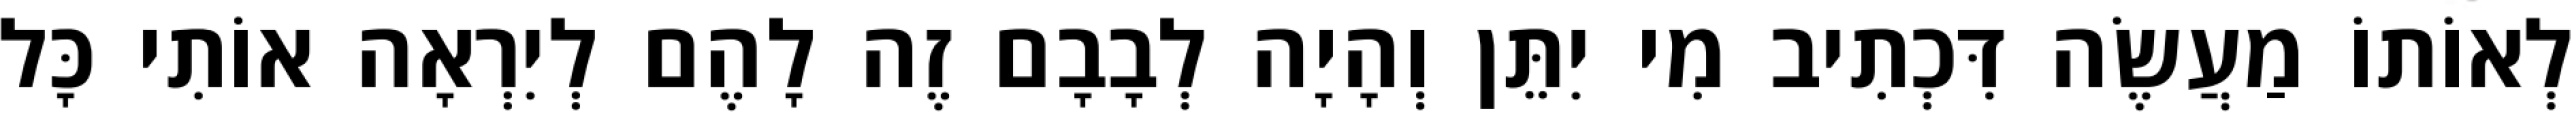
לְאוֹתוֹ מַעֲשֶׂה דִּכְתִיב מִי יִתֵּן וְהָיָה לְבָבָם זֶה לָהֶם לְיִרְאָה אוֹתִי כָּל